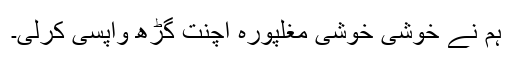
ہم نے خوشی خوشی مغلپورہ اچنت گڑھ واپسی کرلی۔